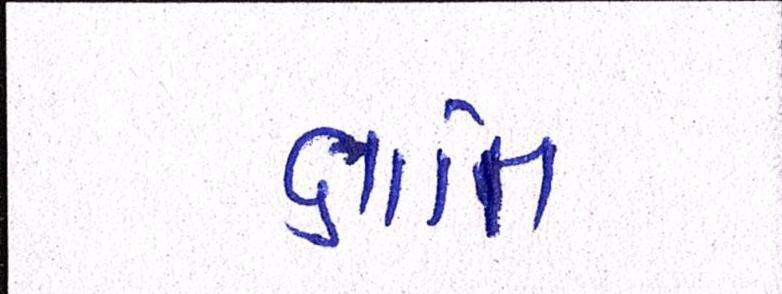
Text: જ્ઞાાતિ